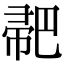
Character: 𢃳